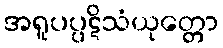
အရူပပ္ပဋိသံယုတ္တော